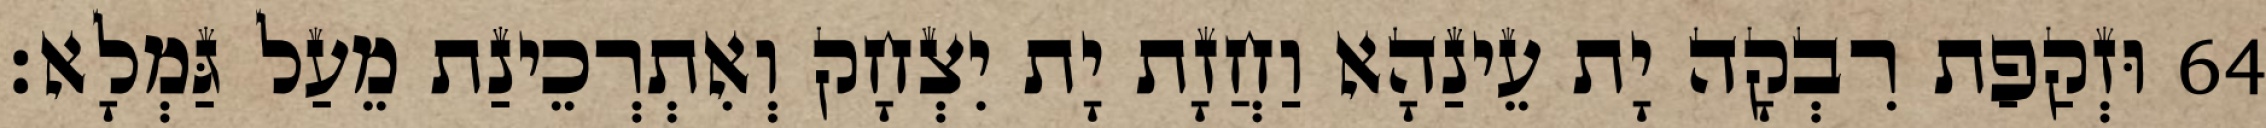
64 וּזְקַפַת רִבְקָה יָת עֵינַהָא וַחֲזָת יָת יִצְחָק וְאִתְרְכֵינַת מֵעַל גַּמְלָא׃